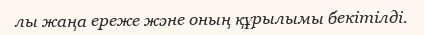
лы жаңа ереже және оның құрылымы бекітілді.